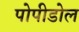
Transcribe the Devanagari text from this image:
पोपीडोल